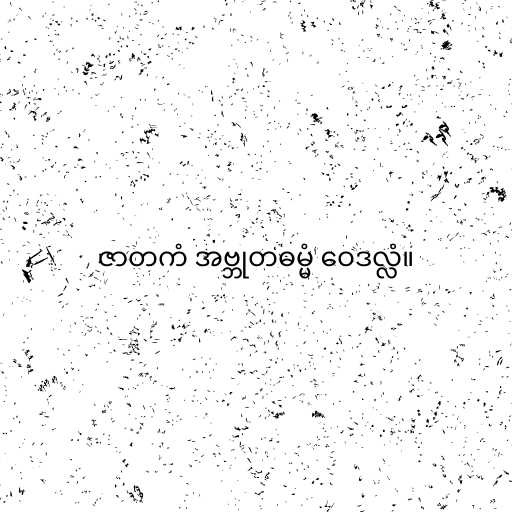
ဇာတကံ အဗ္ဘုတဓမ္မံ ဝေဒလ္လံ။